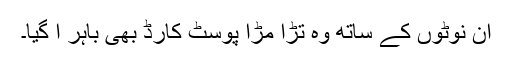
ان نوٹوں کے ساتھ وہ تڑا مڑا پوسٹ کارڈ بھی باہر آ گیا۔